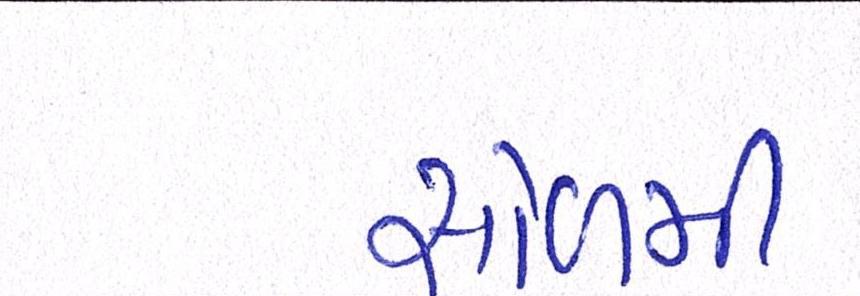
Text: સોળમી